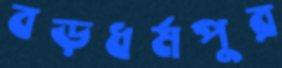
বড়ধর্মপুর